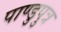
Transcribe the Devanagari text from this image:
पाण्डुपुत्र